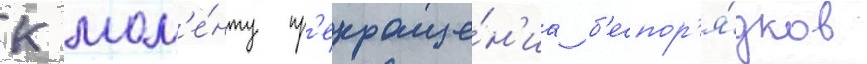
К мом'е́нту пр'екраще́н'иа б'еспор'я́дков